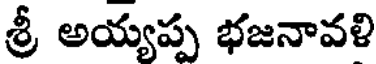
శ్రీ అయ్యప్ప భజనావళి